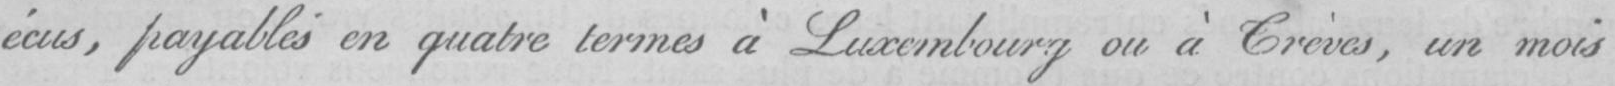
écus, payables en quatre termes à Luxembourg ou à Crèvas, un mois